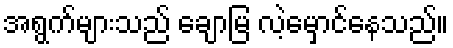
အရွက်များသည် ချောမြ လဲ့မှောင်နေသည်။